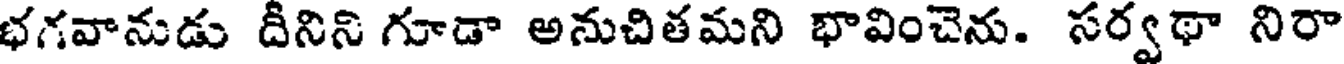
భగవానుడు దినిని గూడా అనుచితమని భావించెను. సర్వథా నిరా